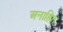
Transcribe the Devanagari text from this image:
अनाहित